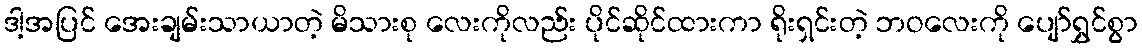
ဒါ့အပြင် အေးချမ်းသာယာတဲ့ မိသားစု လေးကိုလည်း ပိုင်ဆိုင်ထားကာ ရိုးရှင်းတဲ့ ဘဝလေးကို ပျော်ရွှင်စွာ